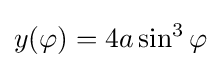
y(\varphi )=4a\sin ^{3}\varphi